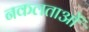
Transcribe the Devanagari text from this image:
नकलताओं